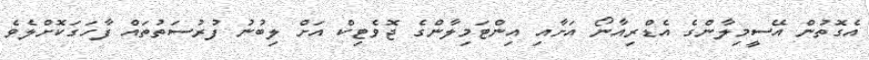
އެގޮތުން އޭސީމިލާންގެ އެޑްރިއާނޯ އަށާއި އިންޓަމިލާންގެ ޖޮވެޓިކް އަށް ލިބުނު ފުރުސަތުތައް ފާހަގަކޮށްލެވެ